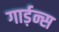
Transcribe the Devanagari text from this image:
गार्ड़न्स